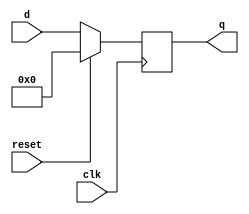
`timescale 1ns / 1ps
//////////////////////////////////////////////////////////////////////////////////
// Company: 
// Engineer: 
// 
// Design Name: 
// Module Name: REG
// Project Name: 
// Target Devices: 
// Tool Versions: 
// Description: 
// 
// Dependencies: 
// 
// Revision:
// Revision 0.01 - File Created
// Additional Comments:
// 
//////////////////////////////////////////////////////////////////////////////////


module REG(clk, reset, d, q);
input clk, reset;
input [0:11] d;
output [0:11] q;
reg [0:11] q;

always @ (posedge clk)
begin

 if (reset == 1'b1)
 begin
 q <= 12'd0;
 end
 else
 begin
 q <= d;
 end
end
endmodule